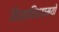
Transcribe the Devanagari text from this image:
विश्वविध्याम्यो